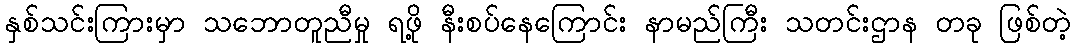
နှစ်သင်းကြားမှာ သဘောတူညီမှု ရဖို့ နီးစပ်နေကြောင်း နာမည်ကြီး သတင်းဌာန တခု ဖြစ်တဲ့